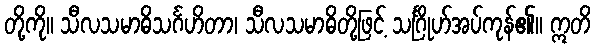
တို့ကို။ သီလသမာဓိသင်္ဂဟိတာ၊ သီလသမာဓိတို့ဖြင့် သင်္ဂြိုဟ်အပ်ကုန်၏။ ဣတိ